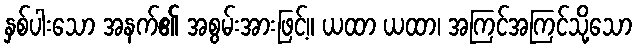
နှစ်ပါးသော အနက်၏ အစွမ်းအားဖြင့်။ ယထာ ယထာ၊ အကြင်အကြင်သို့သော